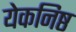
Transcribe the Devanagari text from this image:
येकनिष्ठ